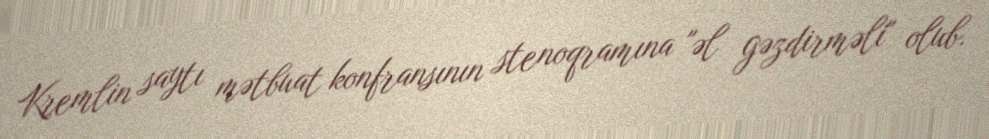
Kremlin saytı mətbuat konfransının stenoqramına "əl gəzdirməli" olub.